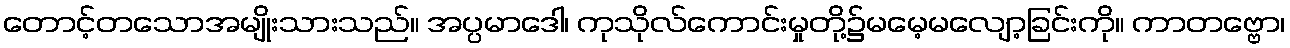
တောင့်တသောအမျိုးသားသည်။ အပ္ပမာဒေါ၊ ကုသိုလ်ကောင်းမှုတို့၌မမေ့မလျော့ခြင်းကို။ ကာတဗ္ဗော၊